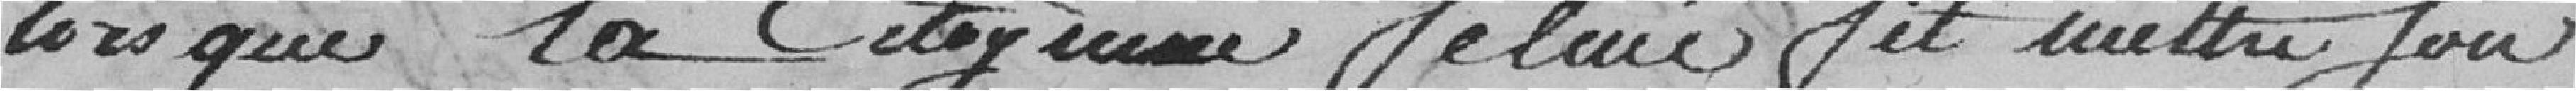
lorsque la citoyenne Felmé fit mettre son